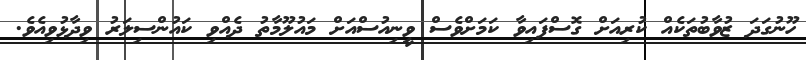
ހޫނުގަދަ ޒުވާބުތަކެއް ކުރިއަށް ގޮސްފައިވާ ކަމަށްވެސް ވީނިއުސްއަށް މައުލޫމާތު ދެއްވި ކައުންސިލަރު ވިދާޅުވިއެވެ.